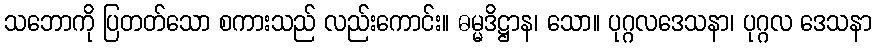
သဘောကို ပြတတ်သော စကားသည် လည်းကောင်း။ ဓမ္မဒိဋ္ဌာန၊ သော။ ပုဂ္ဂလဒေသနာ၊ ပုဂ္ဂလ ဒေသနာ